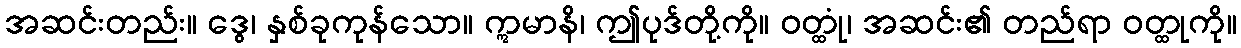
အဆင်းတည်း။ ဒွေ၊ နှစ်ခုကုန်သော။ ဣမာနိ၊ ဤပုဒ်တို့ကို။ ဝတ္ထုံ၊ အဆင်း၏ တည်ရာ ဝတ္ထုကို။